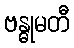
ဗန္ဓုမတီ